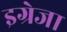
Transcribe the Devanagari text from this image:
इग्रेजा